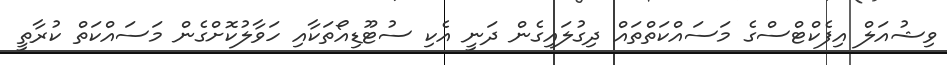
ވިޝުއަލް އިފެކްޓްސްގެ މަސައްކަތްތައް ދިގުލައިގެން ދަނީ އެކި ސުޓޫޑިއޯތަކާއި ހަވާލުކޮށްގެން މަސައްކަތް ކުރާތީ